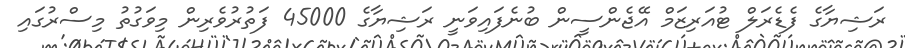
ރަޝިޔާގެ ފެޑެރަލް ޓުއަރިޒަމް އޭޖެންސީން ބުނެފައިވަނީ ރަޝިޔާގެ 45000 ފަތުރުވެރިން މިވަގުތު މިސްރުގައި